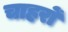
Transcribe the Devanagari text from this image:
चाहरों